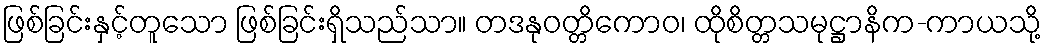
ဖြစ်ခြင်းနှင့်တူသော ဖြစ်ခြင်းရှိသည်သာ။ တဒနုဝတ္တိကောဝ၊ ထိုစိတ္တသမုဋ္ဌာနိက-ကာယသို့